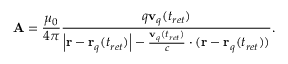
\mathbf { A } = { \frac { \mu _ { 0 } } { 4 \pi } } { \frac { q \mathbf { v } _ { q } ( t _ { r e t } ) } { \left| \mathbf { r } - \mathbf { r } _ { q } ( t _ { r e t } ) \right| - { \frac { \mathbf { v } _ { q } ( t _ { r e t } ) } { c } } \cdot ( \mathbf { r } - \mathbf { r } _ { q } ( t _ { r e t } ) ) } } .